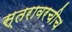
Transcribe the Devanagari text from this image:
स्तरावरचीच